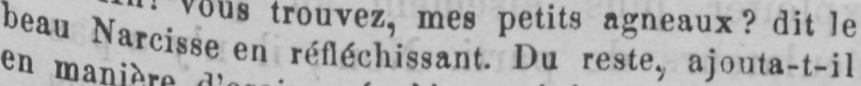
beau Narcisse en réfléchissant. Du reste, ajouta-t-il